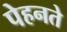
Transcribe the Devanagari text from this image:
पेहनते